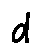
d